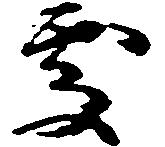
処